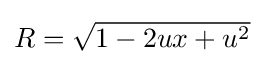
{\textstyle R={\sqrt {1-2ux+u^{2}}}}